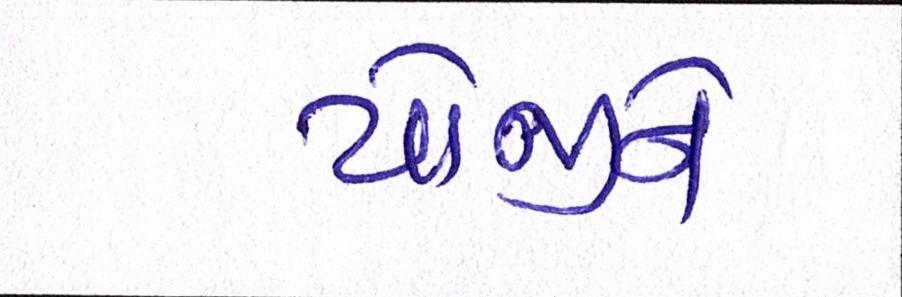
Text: યોજીને